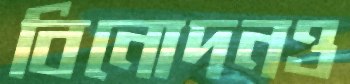
বিনোদনও